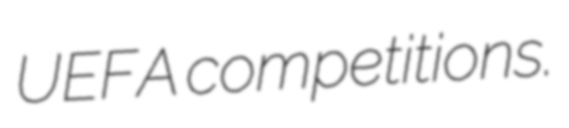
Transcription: UEFA competitions.